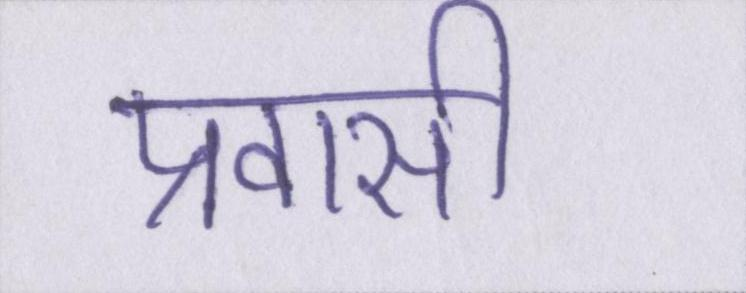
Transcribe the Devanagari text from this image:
प्रवासी